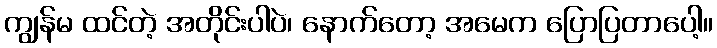
ကျွန်မ ထင်တဲ့ အတိုင်းပါပဲ၊ နောက်တော့ အမေက ပြောပြတာပေါ့။